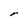
Character: r